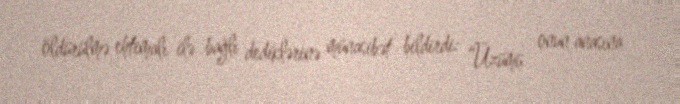
öldürülmə ehtimalı ilə bağlı dediklərinə münasibət bildirdi: “Üzümü onun anasına